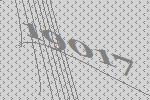
19017